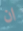
ان